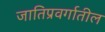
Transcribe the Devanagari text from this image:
जातिप्रवर्गातील